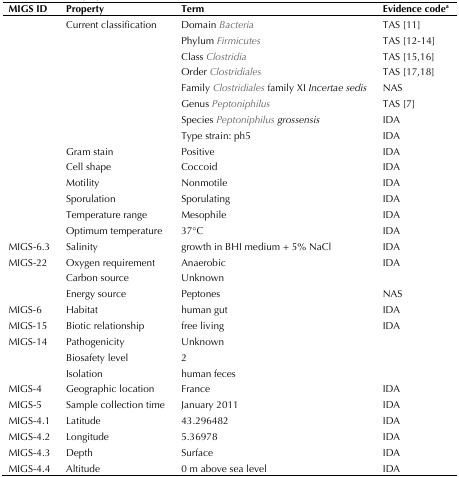
| MIGS ID | Property | Term | Evidence codea |
 | --- | --- | --- | --- |
 |  | Current classification | Domain Bacteria | TAS [11] |
 |  |  | Phylum Firmicutes | TAS [12-14] |
 |  |  | Class Clostridia | TAS [15,16] |
 |  |  | Order Clostridiales | TAS [17,18] |
 |  |  | Family Clostridiales family XI Incertae sedis | NAS |
 |  |  | Genus Peptoniphilus | TAS [7] |
 |  |  | Species Peptoniphilus grossensis | IDA |
 |  |  | Type strain: ph5 | IDA |
 |  | Gram stain | Positive | IDA |
 |  | Cell shape | Coccoid | IDA |
 |  | Motility | Nonmotile | IDA |
 |  | Sporulation | Sporulating | IDA |
 |  | Temperature range | Mesophile | IDA |
 |  | Optimum temperature | 37°C | IDA |
 | MIGS-6.3 | Salinity | growth in BHI medium + 5% NaCl | IDA |
 | MIGS-22 | Oxygen requirement | Anaerobic | IDA |
 |  | Carbon source | Unknown |  |
 |  | Energy source | Peptones | NAS |
 | MIGS-6 | Habitat | human gut | IDA |
 | MIGS-15 | Biotic relationship | free living | IDA |
 | MIGS-14 | Pathogenicity | Unknown |  |
 |  | Biosafety level | 2 |  |
 |  | Isolation | human feces |  |
 | MIGS-4 | Geographic location | France | IDA |
 | MIGS-5 | Sample collection time | January 2011 | IDA |
 | MIGS-4.1 | Latitude | 43.296482 | IDA |
 | MIGS-4.2 | Longitude | 5.36978 | IDA |
 | MIGS-4.3 | Depth | Surface | IDA |
 | MIGS-4.4 | Altitude | 0 m above sea level | IDA |